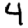
Digit: 4